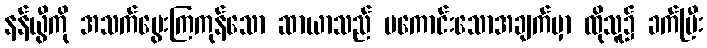
နန်ယွီကို အသက်မွေးကြကုန်သော ဆာယာသည် မကောင်းသောအချက်မှာ ထိုသူ၌ ခက်ပြီး